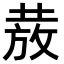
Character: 𭣺